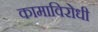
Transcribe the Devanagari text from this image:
कामाविरोधी